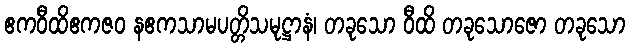
ဧကဝီထိဧကဇဝ နဧကသာမပတ္တိသမုဋ္ဌာနံ၊ တခုသော ဝီထိ တခုသောဇော တခုသော